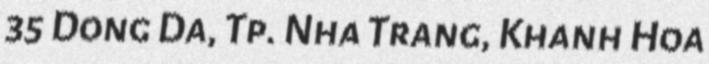
35 Dong Da, Tp. Nha Trang, Khanh Hoa